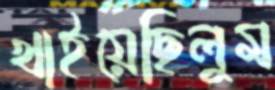
খাইয়েছিলুম